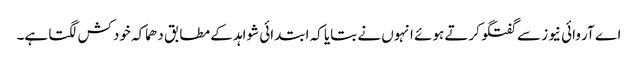
اے آر وائی نیوز سے گفتگو کرتے ہوئے انہوں نے بتایا کہ ابتدائی شواہد کے مطابق دھماکہ خودکش لگتا ہے۔